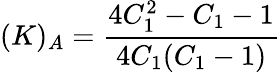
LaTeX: (K)_{A}=\frac{4C_{1}^{2}-C_{1}-1}{4C_{1}(C_{1}-1)}